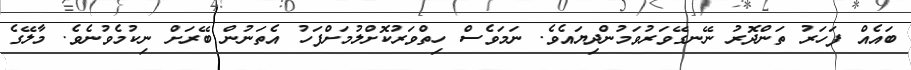
ބައެއް ފަހަރު ތަންދޮރު ނޭނގޭވަރުވަމުންދިޔައެވެ. ނަމަވެސް ހިތްވަރުކޮށްލުމަށްފަހު އެތަނުން ބޭރަށް ނިކުމެވުނެވެ. މާލޭގެ